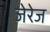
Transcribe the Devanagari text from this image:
जेरेज